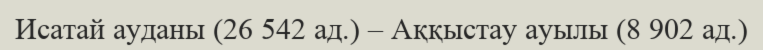
Исатай ауданы (26 542 ад.) – Аққыстау ауылы (8 902 ад.)